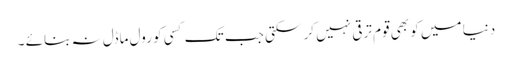
دنیا میں کو بھی قوم ترقی نہیں کر سکتی جب تک کسی کو رول ماڈل نہ بنائے ۔